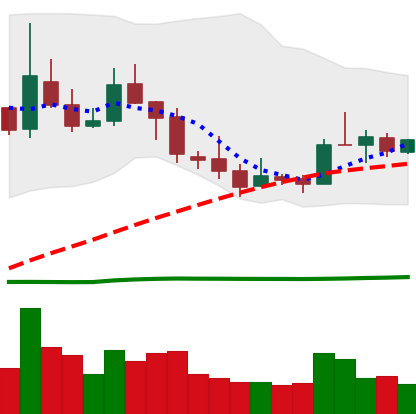
Ticker: TRX-USD
Chart end date: 2019-02-22
Forward return: -4.082%
Label: down_3_5